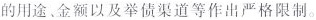
的用途。金额以及举债渠道等作出严格限制。